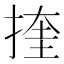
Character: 㨒